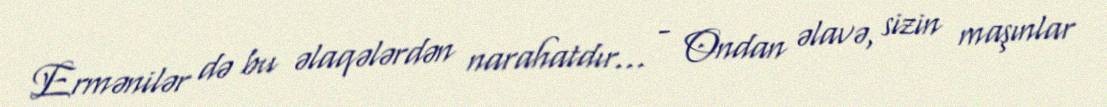
Ermənilər də bu əlaqələrdən narahatdır... - Ondan əlavə, sizin maşınlar